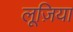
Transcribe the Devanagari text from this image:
लूज़िया